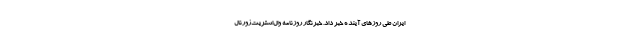
ایران طی روزهای آینده خبر داد. خبرنگار روزنامه وال‌استریت‌ژورنال